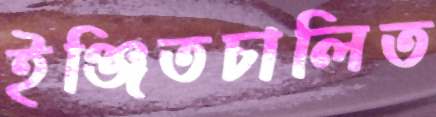
ইঞ্জিতচালিত